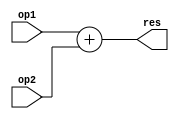
module ALU(
    input [31:0] op1,
    input [31:0] op2,
    output [31:0] res
);

assign res = op1 + op2;

endmodule
//Banco de registros
//Con a1 defino el operando 1
//imm[11:0]|rs1|funct3|rd(registro destino)|opcode
//funct7|rs2|rs1|funct3|rd|opcode
//rs2 es a2, rs1 es a1, rd es a3


//A la alu le tengo que agregar una senial
//de control que me permita ver que operacion
//realiza. Entre estas tiene que estar set less than
//suma, resta por complemento a 2, and y or
////////
//Voy a construir un procesador monociclo, es 
//directamente un circuito combinacional
//en las diapositivas para hacer el datapath
//deja las memorias por un lado y la parte logica 
//por otro